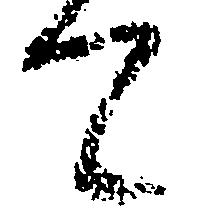
て